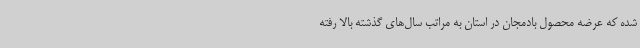
شده که عرضه محصول بادمجان در استان به مراتب سال‌های گذشته بالا رفته